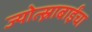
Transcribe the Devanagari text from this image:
ज्योत्स्नाबाईंचा